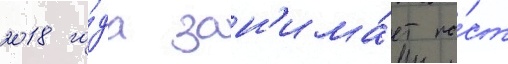
2018 го́да зан'има́ет по́ст